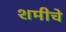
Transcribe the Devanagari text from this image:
शमीचे